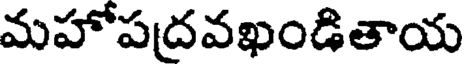
మహోపద్రవఖండితాయ